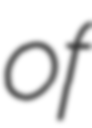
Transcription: of